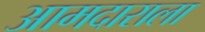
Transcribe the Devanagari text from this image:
आमदाराला